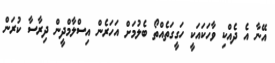
އޭނާ އެ ދެއްކި ވާހަކައަކީ ހަގީގަތެއްތޯ ބެލުމަށް އަހަރެން އިސްލާމްދީން ދިރާސާ ކުރަން